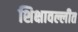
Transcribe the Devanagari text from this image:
शिक्षावल्लीत